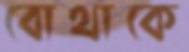
বোথাকে